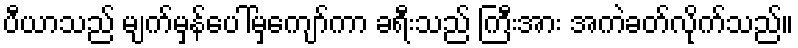
ပီယာသည် မျက်မှန်ပေါ်မှကျော်ကာ ခရီးသည် ကြီးအား အကဲခတ်လိုက်သည်။